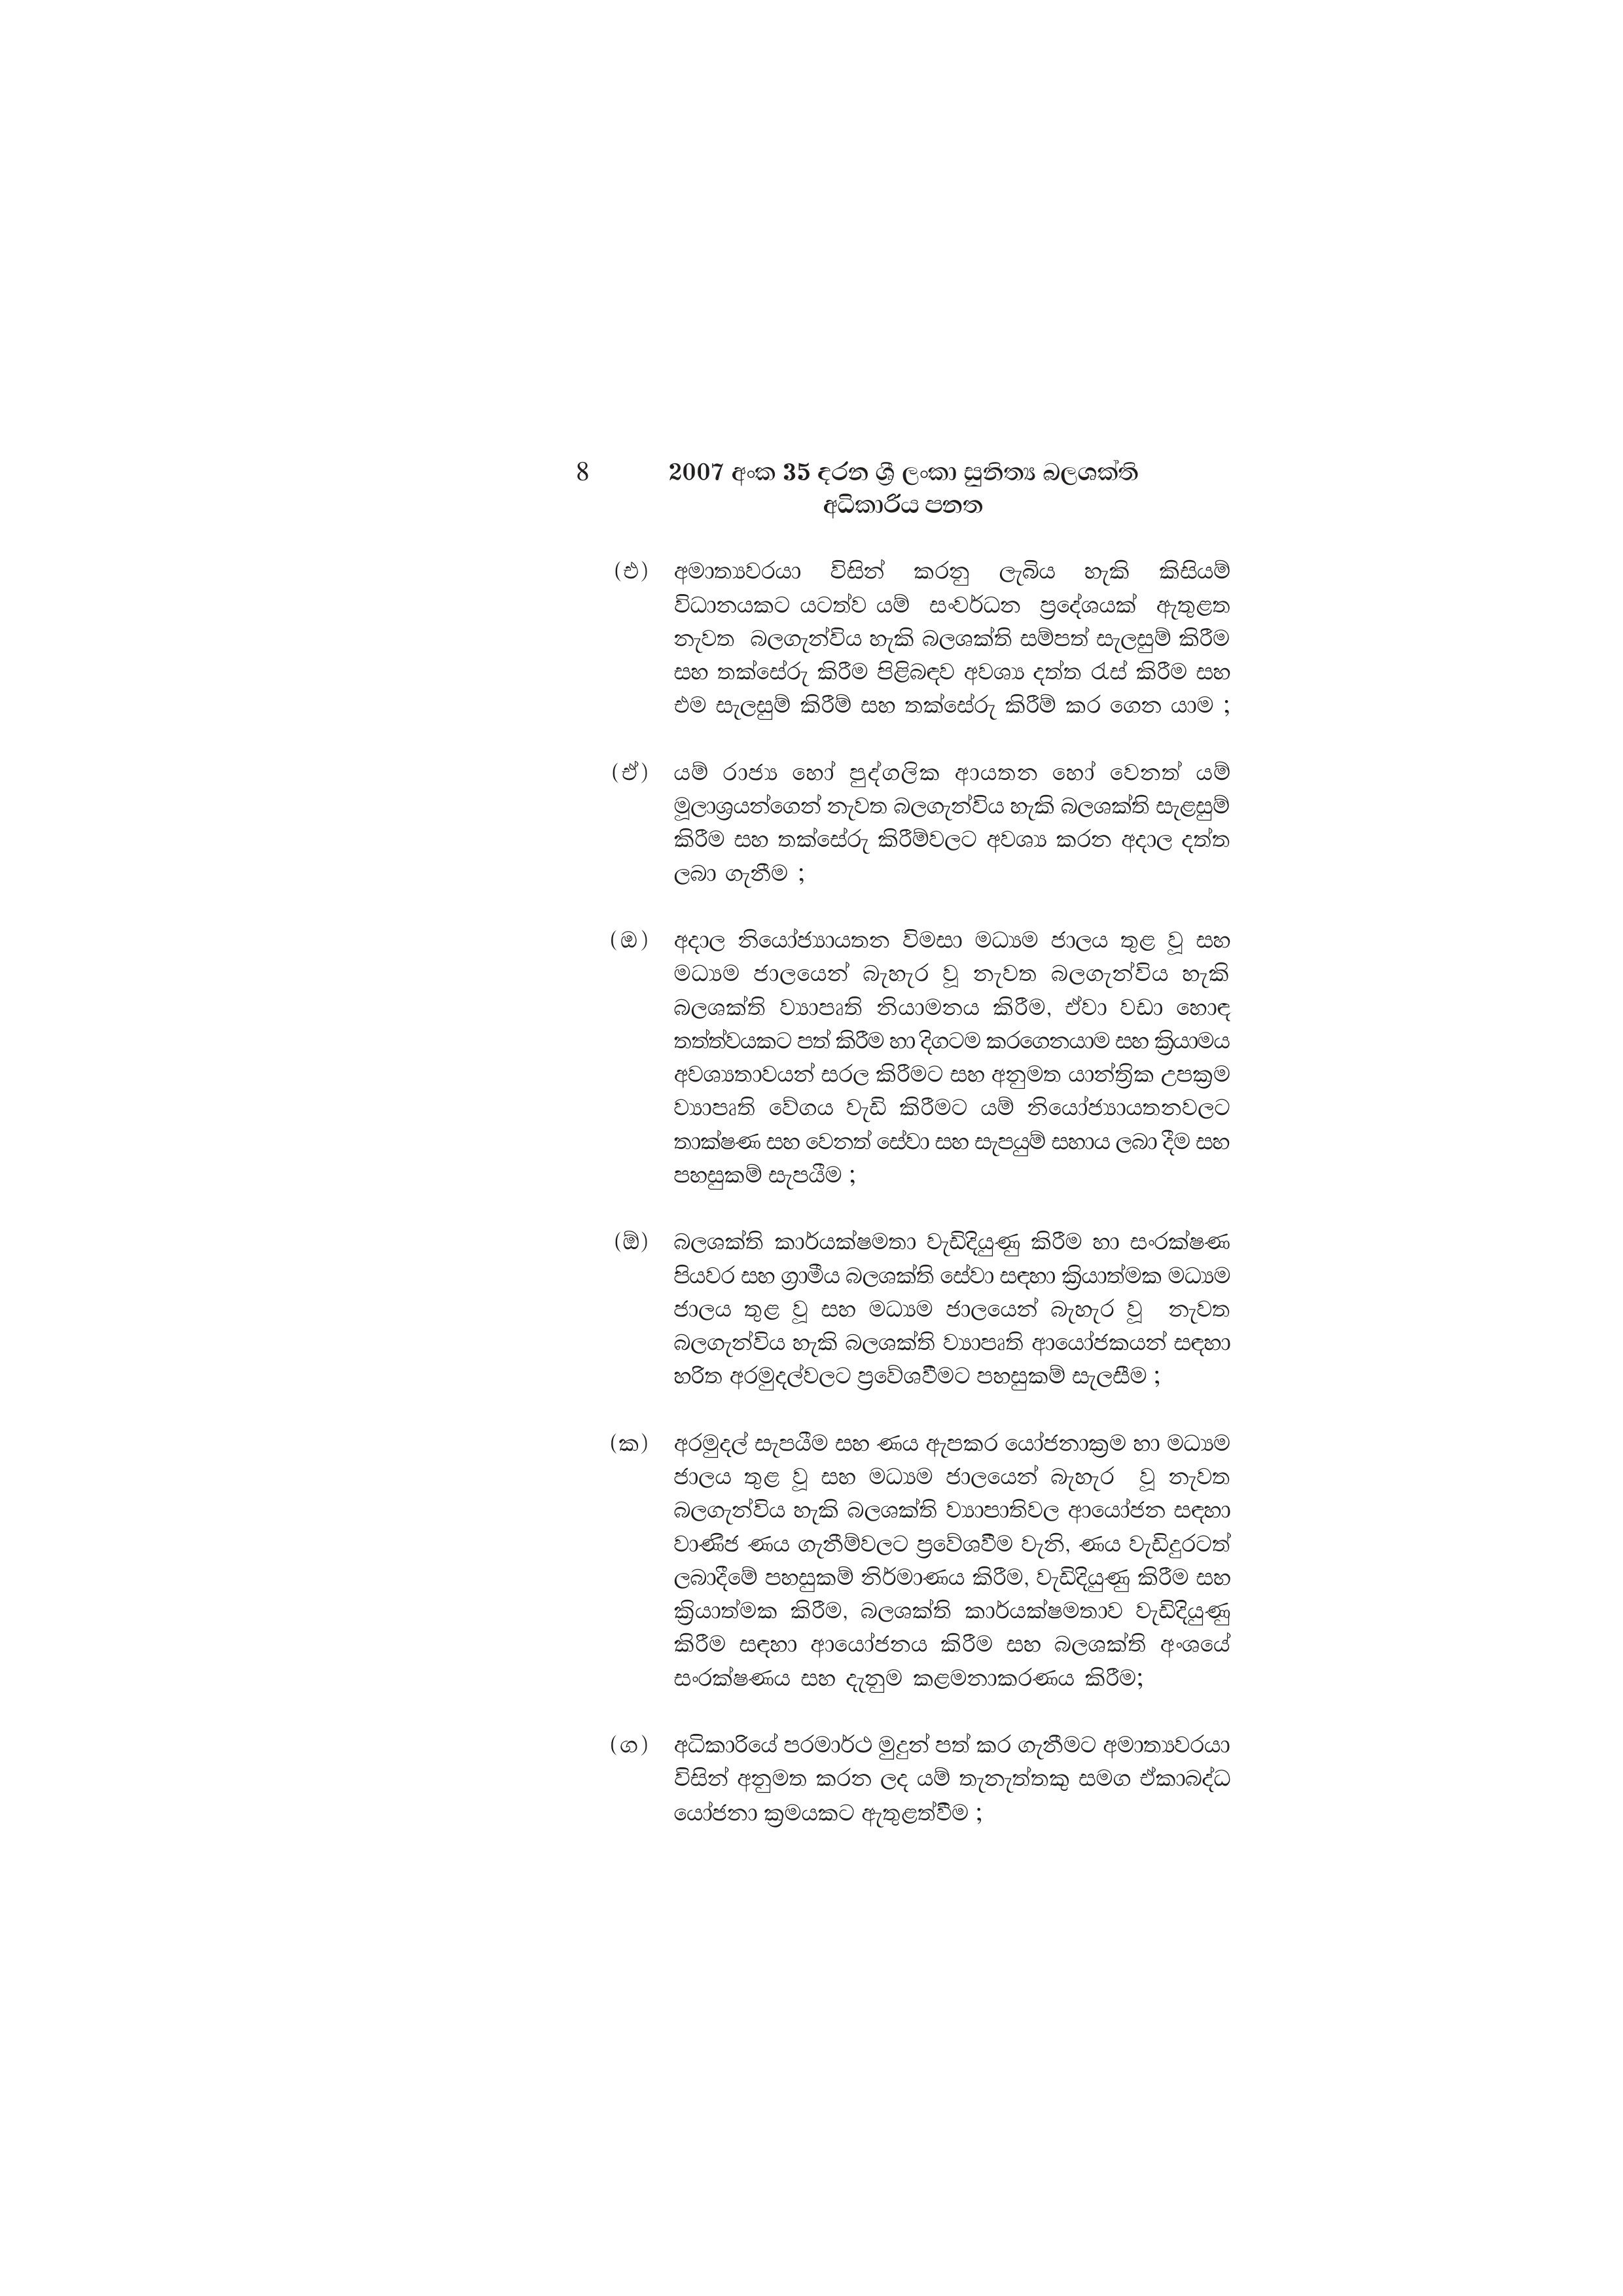
8 2007 අංක 35 දරන ශ්‍රී ලංකා සුනිත්‍ය බලශක්ති
අධිකාරිය පනත

(එ) අමාත්‍යවරයා විසින් කරනු ලැබිය හැකි කිසියම්
විධානයකට යටත්ව යම් සංවර්ධන ප්‍රදේශයක් ඇතුළත
නැවත බලගැන්විය හැකි බලශක්ති සම්පත් සැලසුම් කිරීම
සහ තක්සේරු කිරීම පිළිබඳව අවශ්‍ය දත්ත රැස් කිරීම සහ
එම සැලසුම් කිරීම් සහ තක්සේරු කිරීම් කර ගෙන යාම ;

(ඒ) යම් රාජ්‍ය හෝ පුද්ගලික ආයතන හෝ වෙනත් යම්
මූලාශ්‍රයන්ගෙන් නැවත බලගැන්විය හැකි බලශක්ති සැළසුම්
කිරීම සහ තක්සේරු කිරීම්වලට අවශ්‍ය කරන අදාල දත්ත
ලබා ගැනීම ;

(ඔ) අදාල නියෝජ්‍යායතන විමසා මධ්‍යම ජාලය තුළ වූ සහ
මධ්‍යම ජාලයෙන් බැහැර වූ නැවත බලගැන්විය හැකි
බලශක්ති ව්‍යාපෘති නියාමනය කිරීම, ඒවා වඩා හොඳ
තත්ත්වයකට පත් කිරීම හා දිගටම කරගෙනයාම සහ ක්‍රියාමය
අවශ්‍යතාවයන් සරල කිරීමට සහ අනුමත යාන්ත්‍රික උපක්‍රම
ව්‍යාපෘති වේගය වැඩි කිරීමට යම් නියෝජ්‍යායතනවලට
තාක්ෂණ සහ වෙනත් සේවා සහ සැපයුම් සහාය ලබා දීම සහ
පහසුකම් සැපයීම ;

(ඕ) බලශක්ති කාර්යක්ෂමතා වැඩිදියුණු කිරීම හා සංරක්ෂණ
පියවර සහ ග්‍රාමීය බලශක්ති සේවා සඳහා ක්‍රියාත්මක මධ්‍යම
ජාලය තුළ වූ සහ මධ්‍යම ජාලයෙන් බැහැර වූ නැවත
බලගැන්විය හැකි බලශක්ති ව්‍යාපෘති ආයෝජකයන් සඳහා
හරිත අරමුදල්වලට ප්‍රවේශවීමට පහසුකම් සැලසීම ;

(ක) අරමුදල් සැපයීම සහ ණය ඇපකර යෝජනාක්‍රම හා මධ්‍යම
ජාලය තුළ වූ සහ මධ්‍යම ජාලයෙන් බැහැර වූ නැවත
බලගැන්විය හැකි බලශක්ති ව්‍යාපෘතිවල ආයෝජන සඳහා
වාණිජ ණය ගැනීම්වලට ප්‍රවේශවීම වැනි, ණය වැඩිදුරටත්
ලබාදීමේ පහසුකම් නිර්මාණය කිරීම, වැඩිදියුණු කිරීම සහ
ක්‍රියාත්මක කිරීම, බලශක්ති කාර්යක්ෂමතාව වැඩිදියුණු
කිරීම සඳහා ආයෝජනය කිරීම සහ බලශක්ති අංශයේ
සංරක්ෂණය සහ දැනුම කළමනාකරණය කිරීම;

(ග) අධිකාරියේ පරමාර්ථ මුදුන් පත් කර ගැනීමට අමාත්‍යවරයා
විසින් අනුමත කරන ලද යම් තැනැත්තකු සමග ඒකාබද්ධ
යෝජනා ක්‍රමයකට ඇතුළත්වීම ;